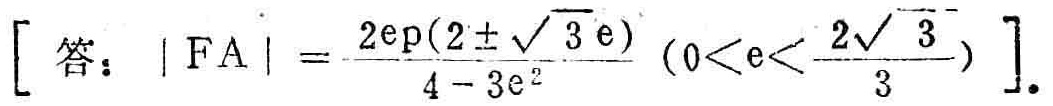
\[ [\text{答：} |FA| = \frac{2\text{ep}(2\pm\sqrt{3}\text{e})}{4 - 3\text{e}^2} \left(0<\text{e}<\frac{2\sqrt{3}}{3}\right) ]. \]